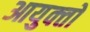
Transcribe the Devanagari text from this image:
आयुक्‍तों